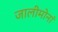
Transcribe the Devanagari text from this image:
जालीमोनां